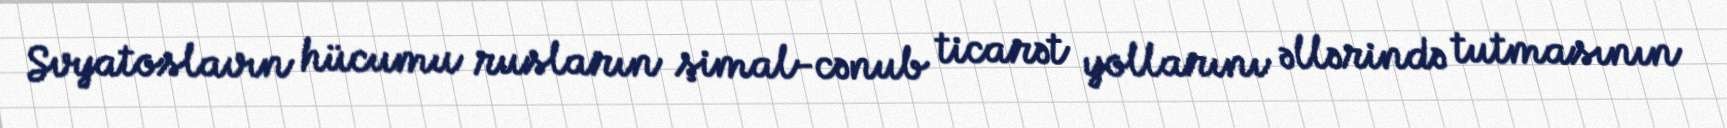
Svyatoslavın hücumu rusların şimal-cənub ticarət yollarını əllərində tutmasının